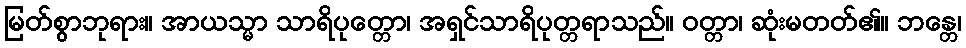
မြတ်စွာဘုရား။ အာယသ္မာ သာရိပုတ္တော၊ အရှင်သာရိပုတ္တရာသည်။ ဝတ္တာ၊ ဆုံးမတတ်၏။ ဘန္တေ၊